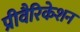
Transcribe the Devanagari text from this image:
प्रीवैरिकेशन